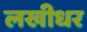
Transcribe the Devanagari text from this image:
लखीधर